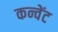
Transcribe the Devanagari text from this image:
कन्वेंट